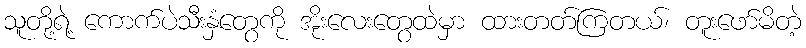
သူတို့ရဲ့ ကောက်ပဲသီးနှံတွေကို အိုးလေးတွေထဲမှာ ထားတတ်ကြတယ်၊ တူးဖော်မိတဲ့